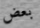
بعض